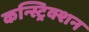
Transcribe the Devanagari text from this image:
कन्स्ट्रिक्शन